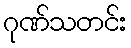
ဂုဏ်သတင်း